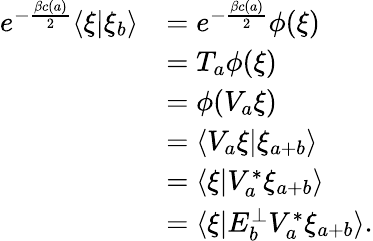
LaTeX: \begin{array}{rl}{e^{-\frac{\beta c(a)}{2}}\langle\xi|\xi_{b}\rangle}&{=e^{-\frac{\beta c(a)}{2}}\phi(\xi)}\\ &{=T_{a}\phi(\xi)}\\ &{=\phi(V_{a}\xi)}\\ &{=\langle V_{a}\xi|\xi_{a+b}\rangle}\\ &{=\langle\xi|V_{a}^{*}\xi_{a+b}\rangle}\\ &{=\langle\xi|E_{b}^{\perp}V_{a}^{*}\xi_{a+b}\rangle.}\end{array}